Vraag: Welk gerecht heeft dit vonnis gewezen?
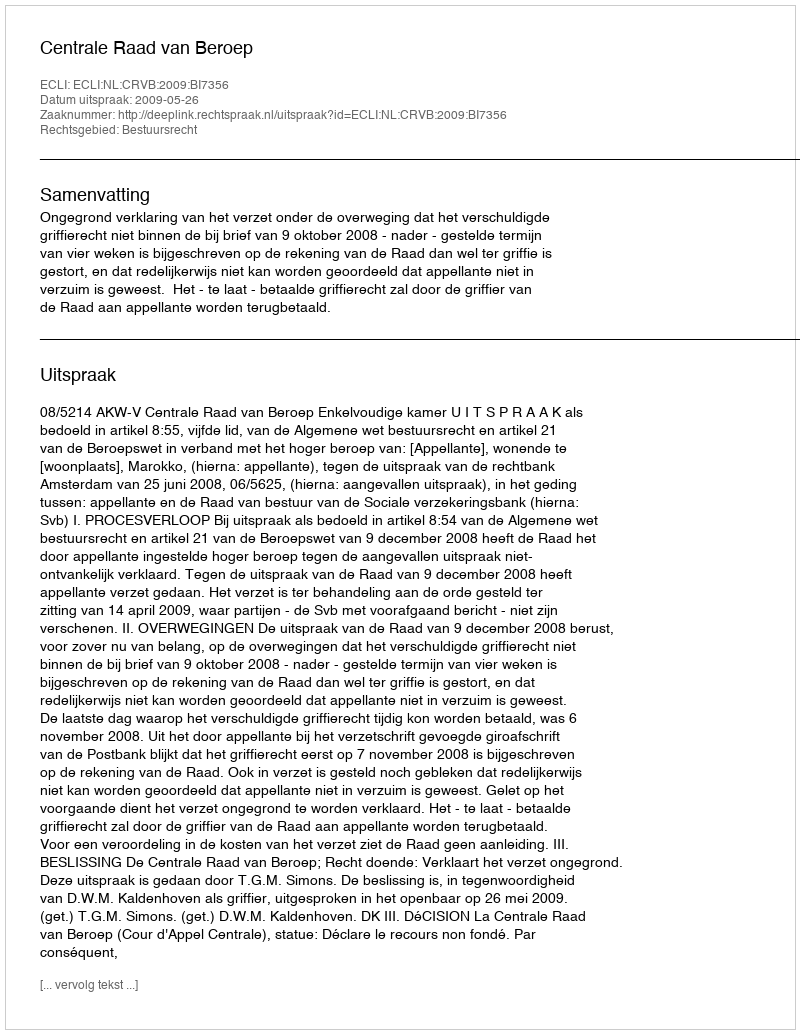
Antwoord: Centrale Raad van Beroep